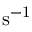
\mathrm { { s } ^ { - 1 } }